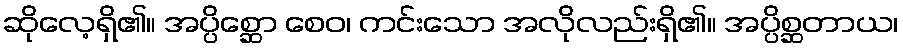
ဆိုလေ့ရှိ၏။ အပ္ပိစ္ဆော စေဝ၊ ကင်းသော အလိုလည်းရှိ၏။ အပ္ပိစ္ဆတာယ၊